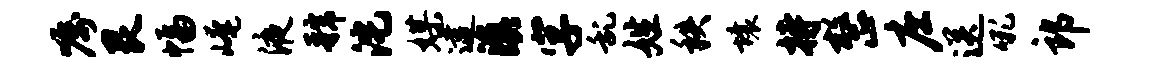
嘱艮幅崦液虢沱媒逮滇字乱姓秩壤持整庄送吼郎